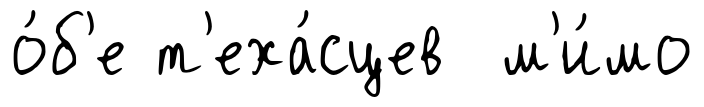
о́б'е т'еха́сцев м'и́мо